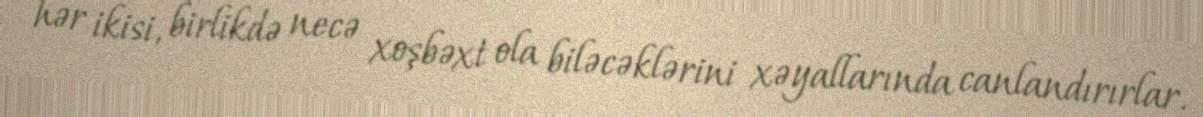
hər ikisi, birlikdə necə xoşbəxt ola biləcəklərini xəyallarında canlandırırlar.